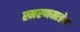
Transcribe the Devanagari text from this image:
स्मरणमात्रेण